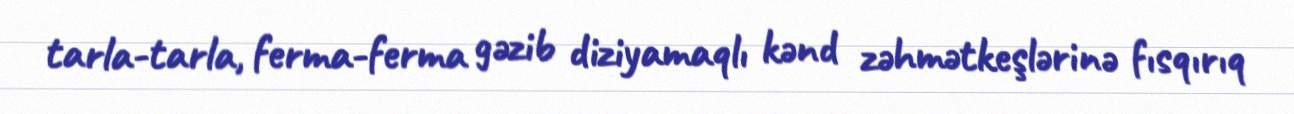
tarla-tarla, ferma-ferma gəzib diziyamaqlı kənd zəhmətkeşlərinə fısqırıq